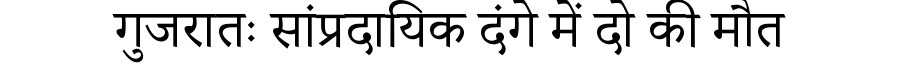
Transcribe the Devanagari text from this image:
गुजरातः सांप्रदायिक दंगे में दो की मौत